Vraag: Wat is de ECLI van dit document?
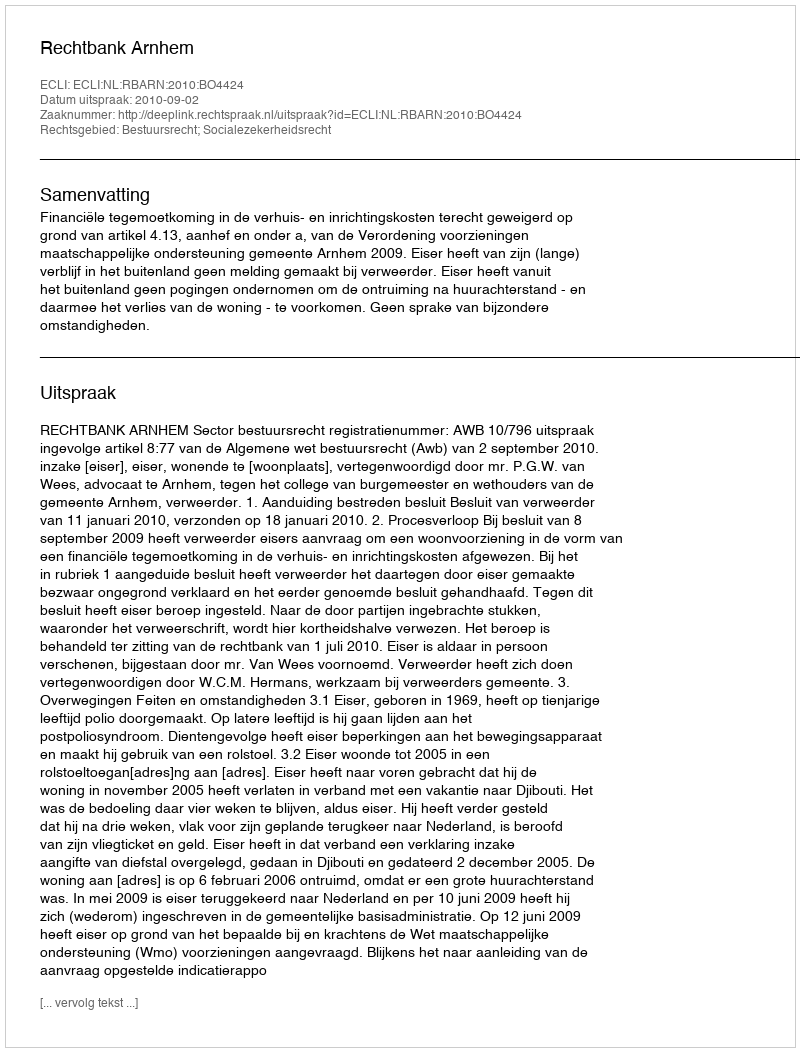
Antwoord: ECLI:NL:RBARN:2010:BO4424